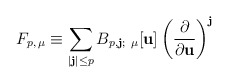
\begin{align*}F_{p,\, \mu} \equiv \sum_{|\mathbf{j}| \le p}B_{p, \mathbf{j};\ \mu}[\mathbf{u}] \left( \frac{\partial}{\partial \mathbf{u}} \right)^{\mathbf{j}} \end{align*}